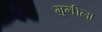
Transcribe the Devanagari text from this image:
मुनीला